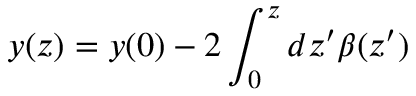
y ( z ) = y ( 0 ) - 2 \int _ { 0 } ^ { z } d z ^ { \prime } \beta ( z ^ { \prime } )